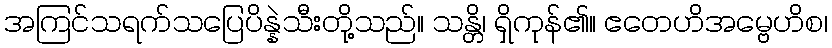
အကြင်သရက်သပြေပိန္နဲသီးတို့သည်။ သန္တိ၊ ရှိကုန်၏။ ဧတေဟိအမ္ဗေဟိစ၊